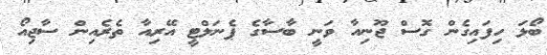
ބޯޅަ ހިފައިގެން ގޮސް ޖޫނިއާ ވަނީ ބާސާގެ ޕެނަލްޓީ އޭރިއާ ތެރެއިން ސާޖިއޯ